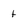
Character: t